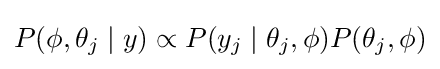
P(\phi ,\theta _{j}\mid y)\propto P(y_{j}\mid \theta _{j},\phi )P(\theta _{j},\phi )